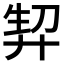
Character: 𭚘